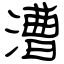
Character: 漕